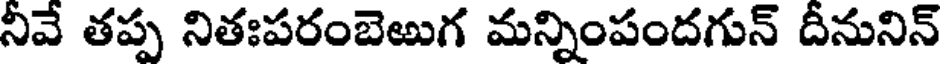
నీవే తప్ప నితఃపరంబెఱుగ మన్నింపందగున్ దీనునిన్